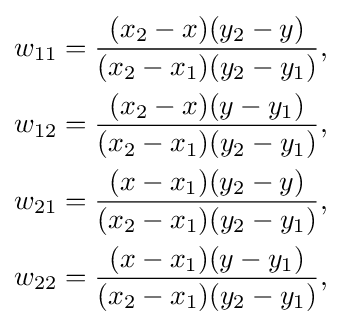
{\begin{aligned}w_{11}&={\frac {(x_{2}-x)(y_{2}-y)}{(x_{2}-x_{1})(y_{2}-y_{1})}},\\w_{12}&={\frac {(x_{2}-x)(y-y_{1})}{(x_{2}-x_{1})(y_{2}-y_{1})}},\\w_{21}&={\frac {(x-x_{1})(y_{2}-y)}{(x_{2}-x_{1})(y_{2}-y_{1})}},\\w_{22}&={\frac {(x-x_{1})(y-y_{1})}{(x_{2}-x_{1})(y_{2}-y_{1})}},\end{aligned}}